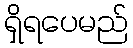
ရှိရပေမည်